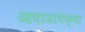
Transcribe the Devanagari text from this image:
आवाजापेक्षा